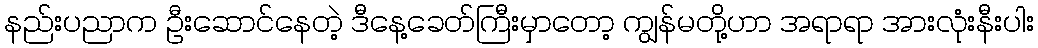
နည်းပညာက ဦးဆောင်နေတဲ့ ဒီနေ့ခေတ်ကြီးမှာတော့ ကျွန်မတို့ဟာ အရာရာ အားလုံးနီးပါး